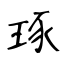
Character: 琢